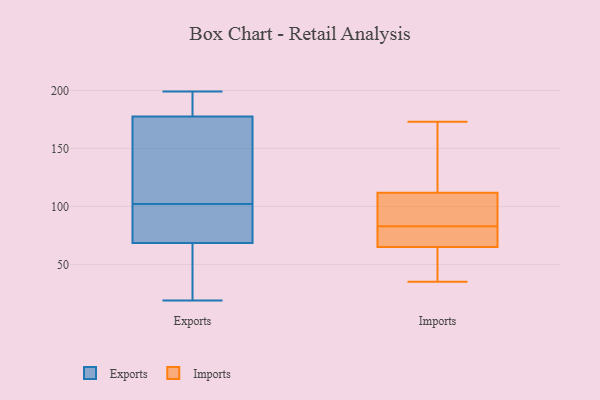
{"axis": {"x": "Revenue (USD Million)", "y": "Value"}, "legend": ["Exports", "Imports"], "data": [{"x": "", "y": 86, "type": "Exports"}, {"x": "", "y": 199, "type": "Exports"}, {"x": "", "y": 71, "type": "Exports"}, {"x": "", "y": 66, "type": "Exports"}, {"x": "", "y": 183, "type": "Exports"}, {"x": "", "y": 182, "type": "Exports"}, {"x": "", "y": 19, "type": "Exports"}, {"x": "", "y": 103, "type": "Exports"}, {"x": "", "y": 50, "type": "Exports"}, {"x": "", "y": 96, "type": "Exports"}, {"x": "", "y": 66, "type": "Exports"}, {"x": "", "y": 101, "type": "Exports"}, {"x": "", "y": 178, "type": "Exports"}, {"x": "", "y": 137, "type": "Exports"}, {"x": "", "y": 177, "type": "Exports"}, {"x": "", "y": 126, "type": "Exports"}, {"x": "", "y": 102, "type": "Imports"}, {"x": "", "y": 69, "type": "Imports"}, {"x": "", "y": 72, "type": "Imports"}, {"x": "", "y": 105, "type": "Imports"}, {"x": "", "y": 101, "type": "Imports"}, {"x": "", "y": 35, "type": "Imports"}, {"x": "", "y": 154, "type": "Imports"}, {"x": "", "y": 83, "type": "Imports"}, {"x": "", "y": 132, "type": "Imports"}, {"x": "", "y": 173, "type": "Imports"}, {"x": "", "y": 70, "type": "Imports"}, {"x": "", "y": 48, "type": "Imports"}, {"x": "", "y": 53, "type": "Imports"}]}